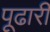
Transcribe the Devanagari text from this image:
पूढारी